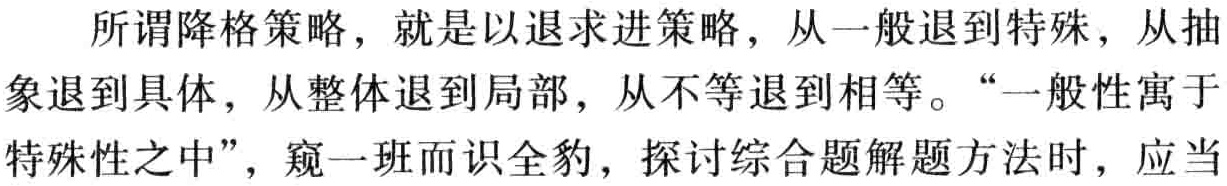
所谓降格策略，就是以退求进策略，从一般退到特殊，从抽
象退到具体，从整体退到局部，从不等退到相等。“一般性寓于
特殊性之中”，窥一班而识全豹，探讨综合题解题方法时，应当